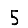
Digit: 5